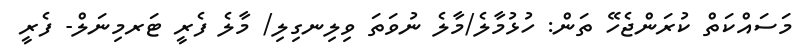
މަސައްކަތް ކުރަންޖެހޭ ތަން: ހުޅުމާލެ/މާލެ ނުވަތަ ވިލިނގިލި/ މާލެ ފެރީ ޓަރމިނަލް- ފެރީ